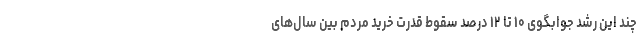
چند این رشد جوابگوی ۱۰ تا ۱۲ درصد سقوط قدرت خرید مردم بین سال‌های